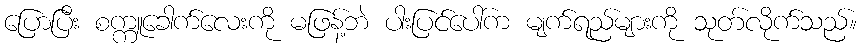
ပြောပြီး စက္ကူခေါက်လေးကို မဖြန့်ဘဲ ပါးပြင်ပေါ်က မျက်ရည်များကို သုတ်လိုက်သည်။